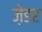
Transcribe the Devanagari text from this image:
ज़ेंडर